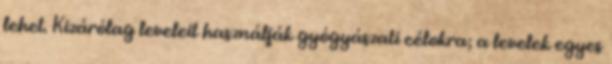
lehet. Kizárólag leveleit használják gyógyászati célokra; a levelek egyes